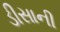
ડીસાની